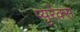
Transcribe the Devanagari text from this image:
प्युरेक्स